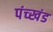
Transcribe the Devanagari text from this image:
पंच्खंड